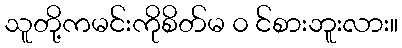
သူတို့ကမင်းကိုစိတ်မ ၀ င်စားဘူးလား။